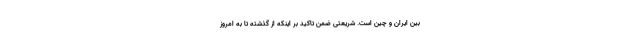
بین ایران و چین است. شریعتی ضمن تاکید بر اینکه از گذشته تا به امروز